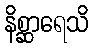
နိစ္ဆာရေသိ